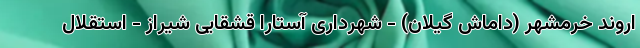
اروند خرمشهر (داماش گیلان) - شهرداری آستارا قشقایی شیراز - استقلال